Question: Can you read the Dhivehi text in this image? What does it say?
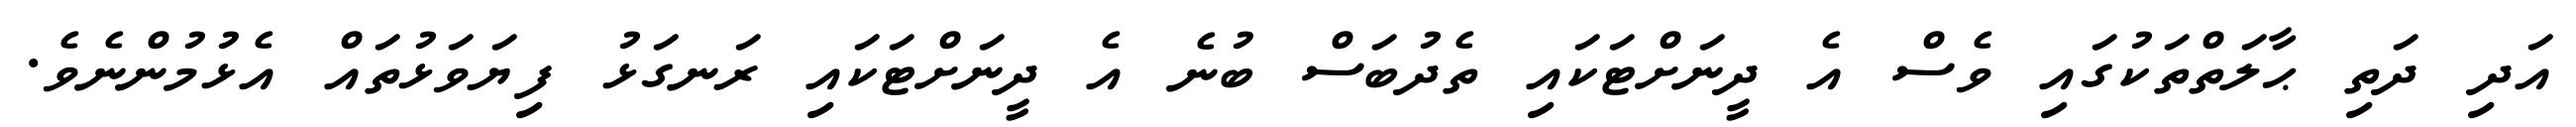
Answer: އަދި ދަތި ޙާލަތްތަކުގައި ވެސް އެ ދީނަށްޓަކައި ތެދުބަސް ބުނެ އެ ދީނަށްޓަކައި ރަނގަޅު ފިޔަވަޅުތައް އެޅުމުންނެވެ.